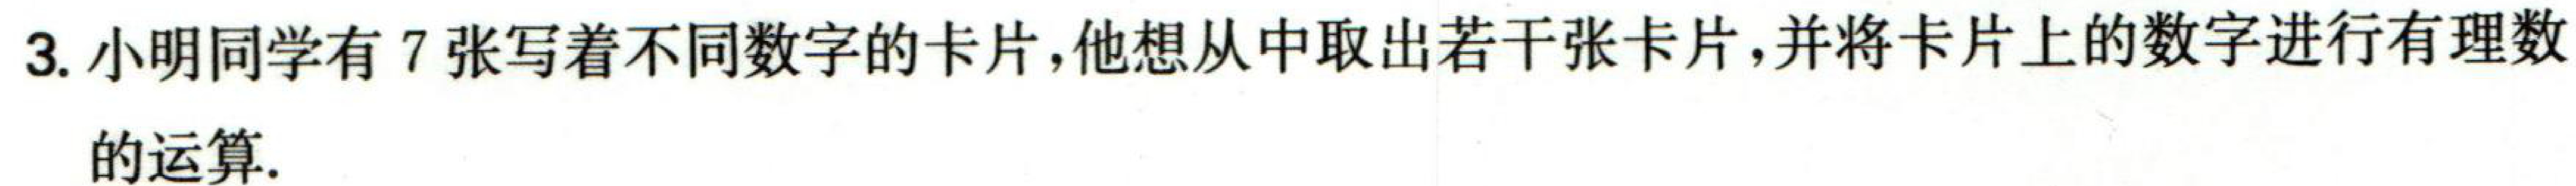
3. 小明同学有7张写着不同数字的卡片，他想从中取出若干张卡片，并将卡片上的数字进行有理数
的运算.